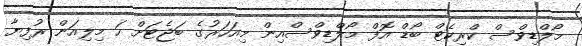
މޯލްޑިވްސް ކްރިކެޓް ބޯޑް އޮފް މޯލްޑިވްސްއިން މިއަހަރުގެ ބަޖެޓަށް ހަ މިލިއަން ރުފިޔާ